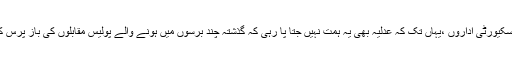
ہماری سول انتظامیہ اورسکیورٹی اداروں ،یہاں تک کہ عدلیہ بھی یہ ہمت نہیں جتا پا رہی کہ گذشتہ چند برسوں میں ہونے والے پولیس مقابلوں کی باز پرس کا ہی حکم جاری کر دے۔